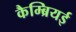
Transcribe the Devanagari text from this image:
कैम्ब्रियई